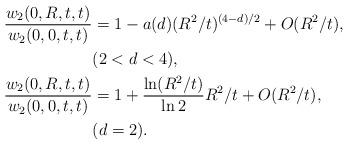
LaTeX: \begin{align*} \frac {w_2(0,R,t,t)}{w_2(0,0,t,t)} & = 1 - a(d) (R^2/t)^{(4-d)/2} + O (R^2/t),\\ & (2<d<4), \\\frac{w_2(0,R,t,t)}{w_2(0,0,t,t)} & = 1 + \frac {\ln (R^2/t)}{\ln2} R^2/t + O (R^2/t), \\ & (d=2) . \\\end{align*}